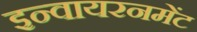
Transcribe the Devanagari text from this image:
इन्वायरनमेंट